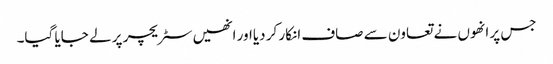
جس پر انھوں نے تعاون سے صاف انکار کر دیااور انھیں سٹریچر پر لے جایا گیا۔